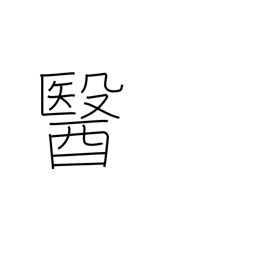
Meaning: medicine